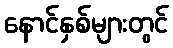
နောင်နှစ်များတွင်